system: You are a helpful assistant.
user:
Analyze the provided spectrum to determine if it is a **White Dwarf (WD)**.

A White Dwarf spectrum is defined by its **extreme purity** (due to gravitational settling) and/or **extreme pressure broadening** (due to high surface gravity). You must check for one of the following mutually exclusive signatures:

- **Key Visual Indicators (Check for ONE of these types):**

    - **1. DA-Type Signature (Most Common):**
        - **(Primary Feature):** Extreme pressure broadening (Stark broadening) of the **Hydrogen (H) Balmer lines**.
        - **(Key Lines):** $H\beta$ (approx. $4861$ Å) and $H\gamma$ (approx. $4340$ Å). $H\alpha$ (approx. $6563$ Å) will also be present if the wavelength range covers it.
        - **(Line Profile):** This is the **defining feature**. The lines are **NOT** sharp. They appear as massive, **extremely broad and deep "troughs" or "dips"** in the spectrum, often hundreds of Ångströms wide. The continuum will appear to "scoop" down at these wavelengths.
        - **(Distinction):** Normal A-type or B-type stars have *narrow* and *sharp* Hydrogen lines. A DA White Dwarf's lines are unmistakably "smeared" or "blurry" from pressure.

    - **2. DB-Type Signature:**
        - **(Primary Feature):** Broad absorption lines from **Neutral Helium (He I)**. The spectrum must lack any visible Hydrogen lines.
        - **(Key Lines):** Look for broad absorption near $4471$ Å, $4921$ Å, and $5876$ Å.
        - **(Line Profile):** These lines are also significantly pressure-broadened, appearing much wider than they would in a normal B-type main-sequence star.

    - **3. DC-Type Signature:**
        - **(Primary Feature):** A **featureless continuous spectrum**.
        - **(Line Profile):** The spectrum is a smooth curve with **no significant absorption or emission lines**.
        - **(Key Confirmation):** The continuum is almost always **blue or white**, indicating a hot object. This signature implies the atmosphere is so pure (or so cool) that no spectral lines are visible in the optical range. Its WD identity is confirmed by its extremely low intrinsic brightness (high absolute magnitude).

    - **4. DZ-Type Signature (Metal-Polluted):**
        - **(Primary Feature):** **Isolated, narrow metal absorption lines** on an otherwise featureless (DC-like) continuum.
        - **(Key Lines):** The **Calcium (Ca II) H & K doublet** (approx. **$3934$ Å** and **$3968$ Å**) is the most common and defining feature.
        - **(Line Profile):** These lines are "out of place." They are *not* part of a "forest" of thousands of lines. This signature is evidence of recent *accretion* (pollution) from rocky debris.
        - **(Distinction):** Normal G/K/M stars have a *dense forest* of thousands of metal lines. A DZ has a *clean* continuum with *only a few* strong metal lines.

    - **5. DQ-Type Signature (Carbon-Polluted):**
        - **(Primary Feature):** Absorption bands from **Carbon (C₂ "Swan Bands" or atomic C I)**.
        - **(Key Lines - C₂):** Look for bandheads with a "saw-tooth" shape near $5635$ Å, **$5165$ Å** (strongest), and $4737$ Å.
        - **(Key Confirmation):** The underlying **continuum must be blue or white** (hot).
        - **(Distinction):** This is the critical difference from a **Carbon Star**, which has the *exact same* C₂ bands but on an extremely **red, cool** continuum.

- **(Overall Spectrum):**
    - The continuum (overall shape) is typically **blue-sloping** (brighter in the blue than the red), as most white dwarfs are very hot.
    - The spectrum will look "pure" or "simple," dominated by only *one* of the five signatures listed above.

Think first, call **spectral_visualization_tool** if needed to examine features in detail, then provide your final answer. Your response must adhere to the following strict rules:
1.  **Overall Structure:** Your response must follow the format `<think>...</think> <tool_call>...</tool_call> (if a tool is used) <answer>...</answer>`.
2.  **Tool Usage Constraint:** You may only make **one** tool call per turn.
3.  **Final Answer Format:** In the `<answer>` tag, your conclusion must be inside a `\boxed{}` command (e.g., `\boxed{YES}` or `\boxed{NO}`), followed by your justification.

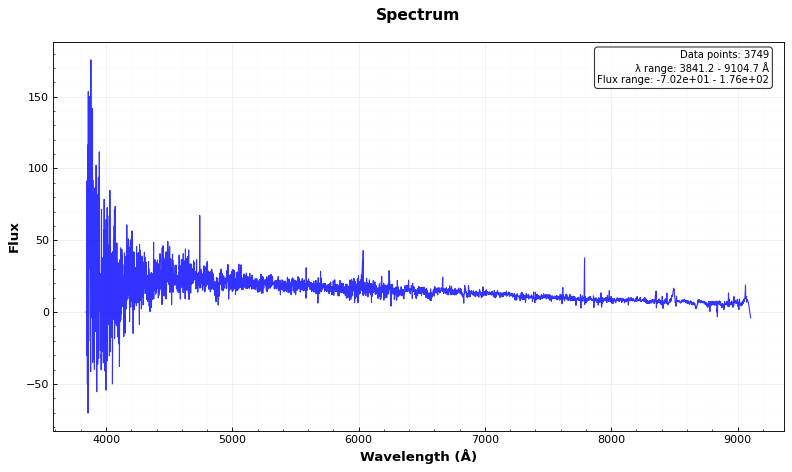
Answer: YES